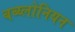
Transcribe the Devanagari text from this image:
बब्य्लोनियन